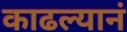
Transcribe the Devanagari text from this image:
काढल्यानं